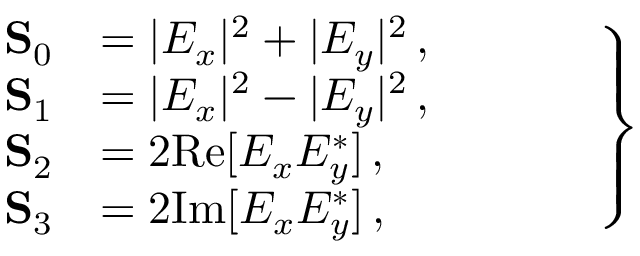
\left. \begin{array} { r l } { \mathbf { S } _ { 0 } } & { = | E _ { x } | ^ { 2 } + | E _ { y } | ^ { 2 } \, , \phantom { Z Z Z Z } } \\ { \mathbf { S } _ { 1 } } & { = | E _ { x } | ^ { 2 } - | E _ { y } | ^ { 2 } \, , } \\ { \mathbf { S } _ { 2 } } & { = 2 \mathrm { R e } [ E _ { x } E _ { y } ^ { \ast } ] \, , } \\ { \mathbf { S } _ { 3 } } & { = 2 \mathrm { I m } [ E _ { x } E _ { y } ^ { \ast } ] \, , } \end{array} \right\}